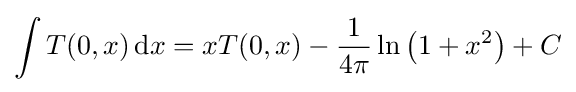
\int T(0,x)\,\mathrm {d} x=xT(0,x)-{\frac {1}{4\pi }}\ln \left(1+x^{2}\right)+C